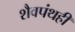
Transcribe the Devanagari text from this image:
शैवपंथही